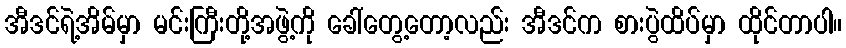
အီဒင်ရဲ့အိမ်မှာ မင်းကြီးတို့အဖွဲ့ကို ခေါ်တွေ့တော့လည်း အီဒင်က စားပွဲထိပ်မှာ ထိုင်တာပါ။